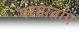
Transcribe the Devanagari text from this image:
परमाताप